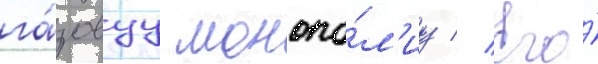
га́зовуу монопо́л'иу // Его́